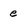
Character: e